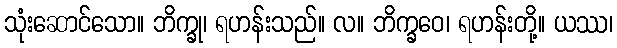
သုံးဆောင်သော။ ဘိက္ခု၊ ရဟန်းသည်။ လ။ ဘိက္ခဝေ၊ ရဟန်းတို့။ ယဿ၊